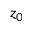
z _ { 0 }